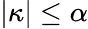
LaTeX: |\kappa|\leq\alpha